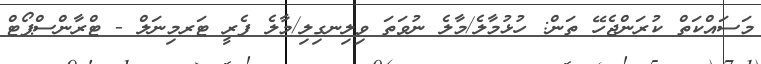
މަސައްކަތް ކުރަންޖެހޭ ތަން: ހުޅުމާލެ/މާލެ ނުވަތަ ވިލިނގިލި/މާލެ ފެރީ ޓަރމިނަލް - ޓްރާންސްޕޯޓް